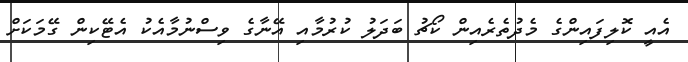
އެއީ ކޮލިފައިންގެ މެދުތެރެއިން ކޯޗު ބަދަލު ކުރުމާއި އޭނާގެ ވިސްނުމާއެކު އެޓޭކިން ގޭމަކަށް